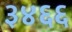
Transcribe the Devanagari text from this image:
३४६६